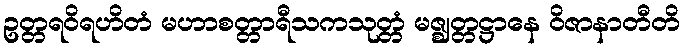
ဥတ္တရဝိရဟိတံ မဟာစတ္တာရီသကသုတ္တံ မဇ္ဈတ္တဋ္ဌာနေ ဝိဇာနာတီတိ